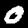
Label: 0